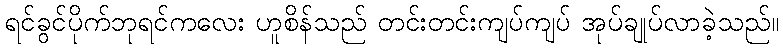
ရင်ခွင်ပိုက်ဘုရင်ကလေး ဟူစိန်သည် တင်းတင်းကျပ်ကျပ် အုပ်ချုပ်လာခဲ့သည်။